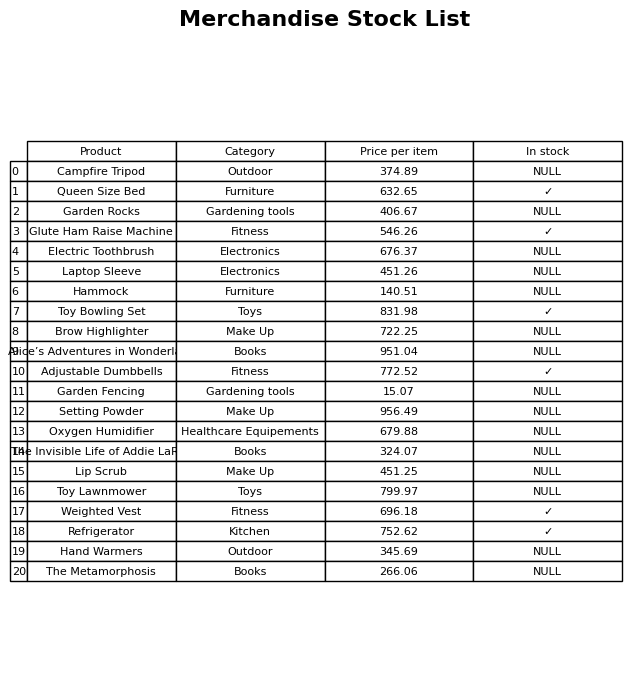
question: What is the price of the Glute Ham Raise Machine?
answer: The price of Glute Ham Raise Machine is 546.26.